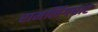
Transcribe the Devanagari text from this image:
रामलिंगघाट